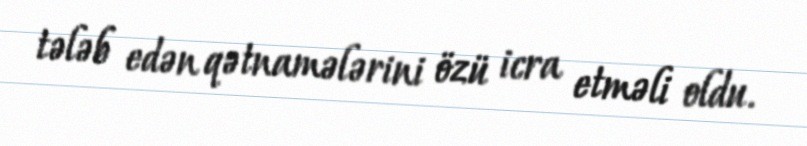
tələb edən qətnamələrini özü icra etməli oldu.